Civil Veterinary Department. United Provinces 1912-22 - 1912-1922
Year: 1912
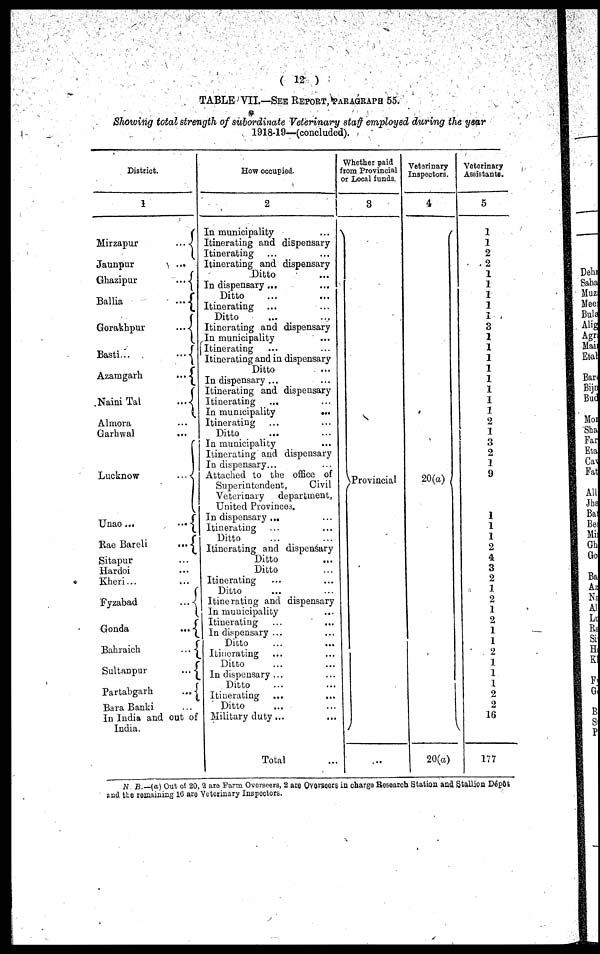
(12)
TABLE VII.—SEE REPORT, PARAGRAPH 55.
Showing total strength of subordinate Veterinary staff employed during the year
1918-19—(concluded).
District.
1
Mirzapur
...
Jaunpur
...
Ghazipur
...
Ballia
...
Gorakhpur
...
Basti...
...
Azamgarh
...
Naini Tal
...
Almora ...
Garhwal ...
Lucknow
...
Unao ...
...
Rae Bareli
...
Sitapur ...
Hardoi ...
Kheri...
Fyzabad
...
Gonda
...
Bahraich
...
Sultanpur
...
Partabgarh
...
Bara Banki
In India and out of
India.
How occupied.
2
In municipality
...
Itinerating and dispensary
Itinerating ... ...
Itinerating and dispensary
Ditto ...
In dispensary... ...
Ditto ... ...
Itinerating ... ...
Ditto ... ...
Itinerating and dispensary
In municipality ...
Itinerating ... ...
Itinerating and in dispensary
Ditto ...
In dispensary ... ...
Itinerating and dispensary
Itinerating ... ...
In municipality
...
...
Itinerating ... ...
Ditto ... ...
In municipality ...
Itinerating and dispensary
In dispensary... ...
Attached to the office of
Superintendent,
Civil
Veterinary
department,
United Provinces.
In dispensary ... ...
Itinerating ... ...
Ditto ... ...
Itinerating and dispensary
Ditto ...
Ditto ... ..
Itinerating ... ...
Ditto ... ...
Itinerating and dispensary
In municipality ... ...
Itinerating ... ...
In dispensary ... ...
Ditto ... ...
Itinerating ... ...
Ditto ... ...
In dispensary ... ...
Ditto
Itinerating ...
...
Ditto ... ...
Military duty ... ...
Total
Whether paid
from Provincial
or Local funds.
3
Provincial
...
Veterinary
Inspectors.
4
20(a)
20(a)
Veterinary
Assistants.
5
1
1
2
2
1
1
1
1
1
3
1
1
1
1
1
1
1
1
2
1
3
2
1
9
1
1
1
2
4
3
2
1
2
1
2
1
1
2
1
1
1
2
2
16
177
N B.—(a) Out of 20, 2 are Farm Overseers, 2 are Overseers in charge Research Station and Stallion Dépôt
end the remaining 16 are Veterinary Inspectors.